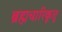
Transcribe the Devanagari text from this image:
ब्रह्मचारिकूत्तु